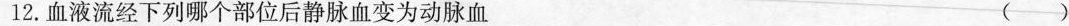
12.血液流经下列哪个部位后静脉血变为动脉血 ()